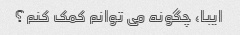
ایبا، چگونه می توانم کمک کنم؟